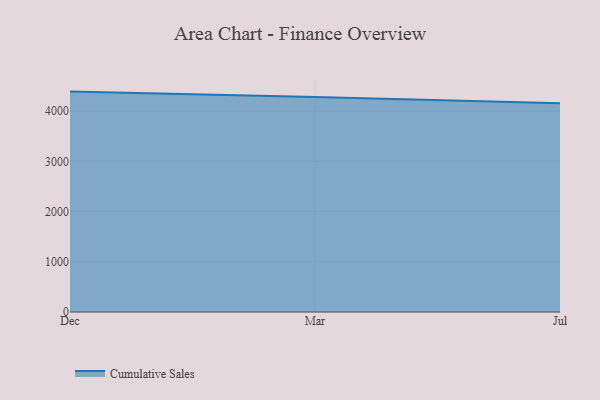
{"axis": {"x": "Month", "y": "Website Visitors"}, "legend": ["Cumulative Sales"], "data": [{"x": "Dec", "y": 4387.7, "type": "Cumulative Sales"}, {"x": "Mar", "y": 4281.2, "type": "Cumulative Sales"}, {"x": "Jul", "y": 4153.5, "type": "Cumulative Sales"}]}